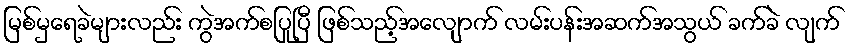
မြစ်မှရေခဲများလည်း ကွဲအက်စပြုပြီ ဖြစ်သည့်အလျောက် လမ်းပန်းအဆက်အသွယ် ခက်ခဲ လျက်